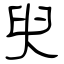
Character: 臾